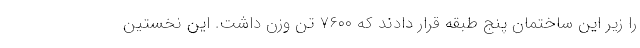
را زیر این ساختمان پنج طبقه قرار دادند که ۷۶۰۰ تن وزن داشت. این نخستین